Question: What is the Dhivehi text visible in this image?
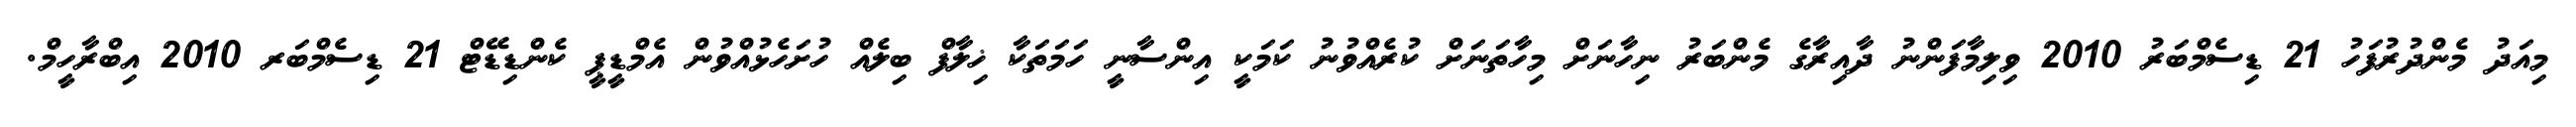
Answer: މިއަދު މެންދުރުފަހު 21 ޑިސެމްބަރު 2010 ވިލިމާފަންނު ދާއިރާގެ މެންބަރު ނިހާނަށް މިހާތަނަށް ކުރެއްވުނު ކަމަކީ އިންސާނީ ހަމަތަކާ ޚިލާފް ބިލެއް ހުށަހެޅުއްވުން އެމްޑީޕީ ކެންޑިޑޭޓް 21 ޑިސެމްބަރ 2010 އިބްރާހީމް.